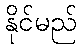
နိုင်မည်